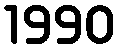
1990